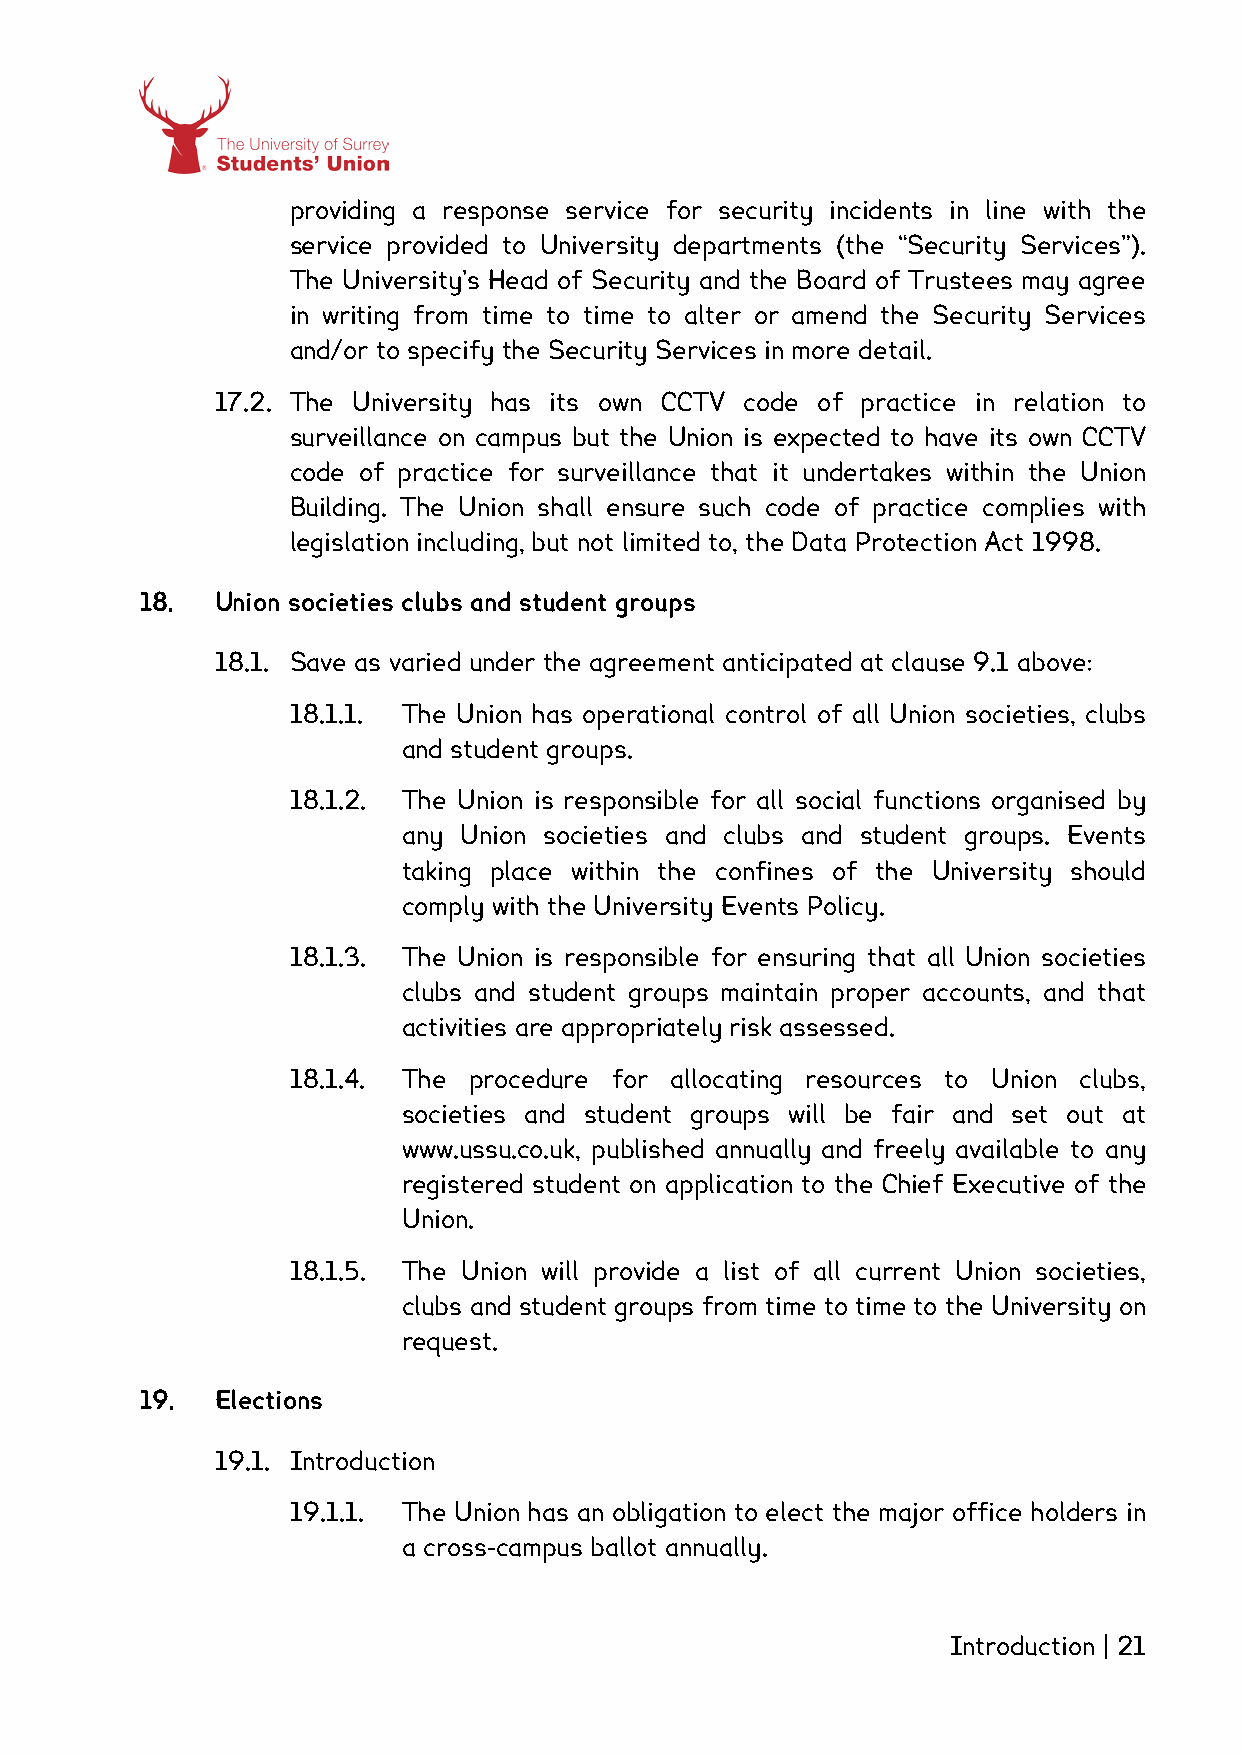
providing a response service for security incidents in line with the
 service provided to University departments (the “Security Services”).
 The University’s Head of Security and the Board of Trustees may agree
 in writing from time to time to alter or amend the Security Services
 and/or to specify the Security Services in more detail.
 17.2. The University has its own CCTV code of practice in relation to
 surveillance on campus but the Union is expected to have its own CCTV
 code of practice for surveillance that it undertakes within the Union
 Building. The Union shall ensure such code of practice complies with
 legislation including, but not limited to, the Data Protection Act 1998.
 18.  Union societies clubs and student groups
 18.1. Save as varied under the agreement anticipated at clause 9.1 above:
 18.1.1. The Union has operational control of all Union societies, clubs
 and student groups.
 18.1.2. The Union is responsible for all social functions organised by
 any Union societies and clubs and student groups. Events
 taking place within the confines of the University should
 comply with the University Events Policy.
 18.1.3. The Union is responsible for ensuring that all Union societies
 clubs and student groups maintain proper accounts, and that
 activities are appropriately risk assessed.
 18.1.4. The procedure for allocating resources to Union clubs,
 societies and student groups will be fair and set out at
 www.ussu.co.uk, published annually and freely available to any
 registered student on application to the Chief Executive of the
 Union.
 18.1.5. The Union will provide a list of all current Union societies,
 clubs and student groups from time to time to the University on
 request.
 19.  Elections
 19.1. Introduction
 19.1.1. The Union has an obligation to elect the major office holders in
 a cross-campus ballot annually.
 Introduction | 21